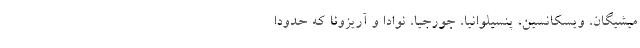
میشیگان، ویسکانسین، پنسیلوانیا، جورجیا، نوادا و آریزونا که حدوداً